Report of the Municipal Commissioner on the plague in Bombay for the year ending 31st May... - Volume 2
Disease focus: Plague
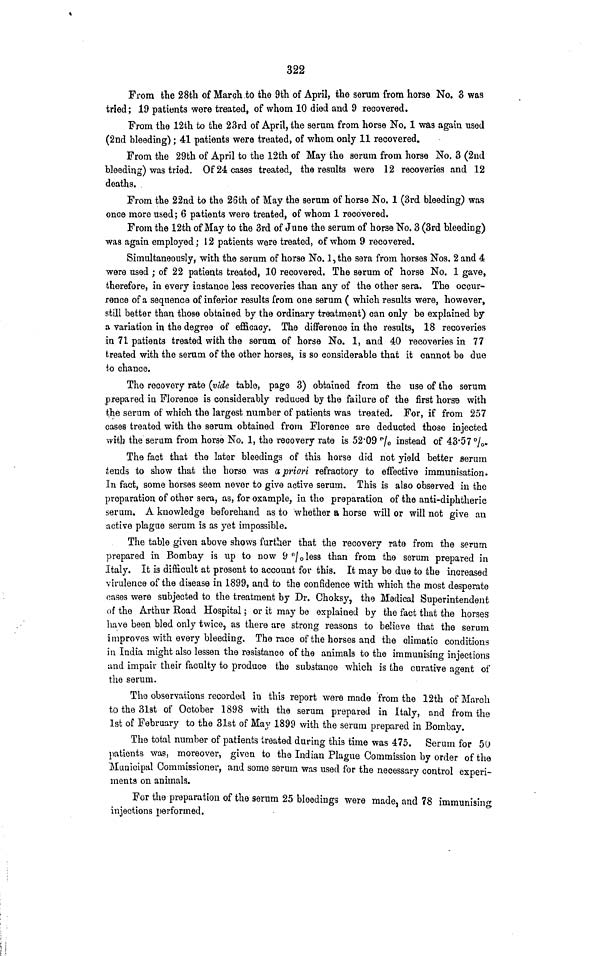
322
From the 28th of March to the 9th of April, the serum from horse No. 3 was
tried; 19 patients were treated, of whom 10 died and 9 recovered.
From the 12th to the 23rd of April, the serum from horse No. 1 was again used
(2nd bleeding) ; 41 patients were treated, of whom only 11 recovered.
From the 29th of April to the 12th of May the serum from horse No. 3 (2nd
bleeding) was tried. Of 24 cases treated, the results were 12 recoveries and 12
deaths.
From the 22nd to the 26th of May the serum of horse No. 1 (3rd bleeding) was
once more used; 6 patients were treated, of whom 1 recovered.
From the 12th of May to the 3rd of June the serum of horse No. 3 (3rd bleeding)
was again employed; 12 patients were treated, of whom 9 recovered.
Simultaneously, "with the serum of horse No. 1, the sera from horses Nos. 2 and 4
were used ; of 22 patients treated, 10 recovered. The serum of horse No. 1 gave,
therefore, in every instance less recoveries than any of the other sera. The occur-
rence of a sequence of inferior results from one serum ( which results were, however,
still better than those obtained by the ordinary treatment) can only be explained by
a variation in the degree of efficacy. The difference in the results, 18 recoveries
in 71 patients treated with the serum of horse No. 1, and 40 recoveries in 77
treated with the serum of the other horses, is so considerable that it cannot be due
to chance.
The recovery rate (vide table, page 3) obtained from the use of the serum
prepared in Florence is considerably reduced by the failure of the first horse with
the serum of which the largest number of patients was treated. For, if from 257
cases treated with the serum obtained from Florence are deducted those injected
with the serum from horse No. 1, the recovery rate is 52.09 % instead of 43.57 %.
The fact that the later bleedings of this horse did not yield better serum
tends to show that the horse was a priori refractory to effective immunisation.
In fact, some horses seem never to give active serum. This is also observed in the
preparation of other sera, as, for example, in the preparation of the anti-diphtheric
serum. A knowledge beforehand as to whether a horse will or will not give an
active plague serum is as yet impossible.
The table given above shows further that the recovery rate from the serum
prepared in Bombay is up to now 9% less than from the serum prepared in
Italy. It is difficult at present to account for this. It may be due to the increased
virulence of the disease in 1899, and to the confidence with which the most desperate
oases were subjected to the treatment by Dr. Choksy, the Medical Superintendent
of the Arthur Road Hospital ; or it may be explained by the fact that the horses
have been bled only twice, as there are strong reasons to believe that the serum
improves with every bleeding. The race of the horses and the climatic conditions
in India might also lessen the resistance of the animals to the immunising injections
und impair their faculty to produce the substance which is the curative agent of
the serum.
Tho observations recorded in this report were made from the 12th of March
to the 31st of October 1898 with the serum prepared in Italy, and from the
1st of February to the 31st of May 1899 with the serum prepared in Bombay.
The total number of patients treated during this time was 475. Serum for 50
patients was, moreover, given to the Indian Plague Commission by order of the
Municipal Commissioner, and some serum was used for the necessary control experi-
ments on animals.
For the preparation of the serum 25 bleedings were made, and 78 immunising
injections performed.